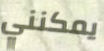
يمكنني